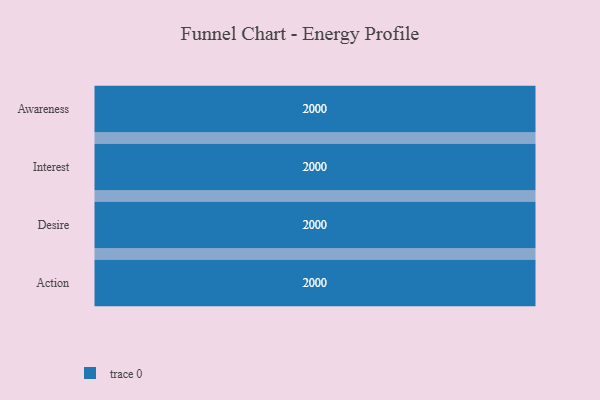
{"axis": {"x": "Stage", "y": "Value"}, "legend": [""], "data": [{"x": "Awareness", "y": 2000, "type": ""}, {"x": "Interest", "y": 2000, "type": ""}, {"x": "Desire", "y": 2000, "type": ""}, {"x": "Action", "y": 2000, "type": ""}]}